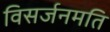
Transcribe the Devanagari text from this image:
विसर्जनमति